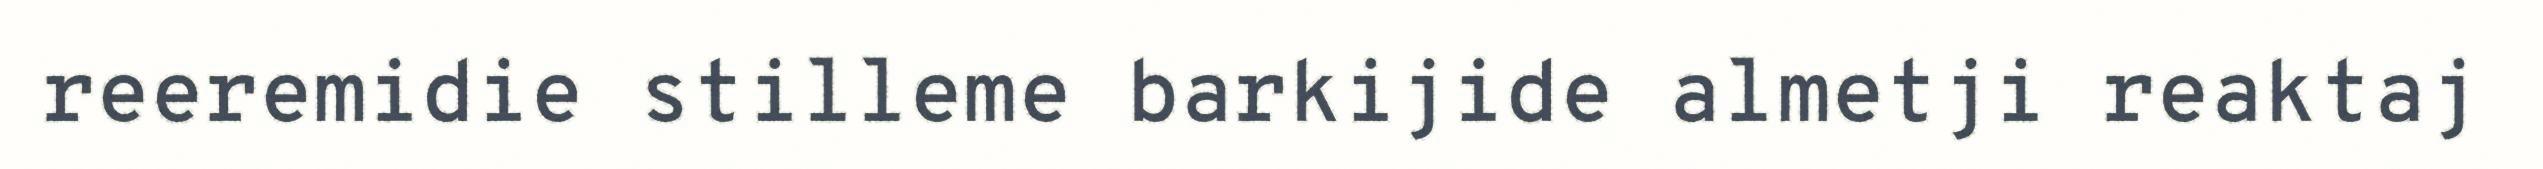
reeremidie stilleme barkijide almetji reaktaj